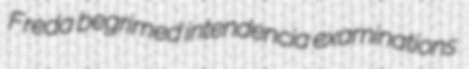
Freda begrimed intendencia examinations